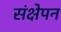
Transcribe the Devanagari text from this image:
संक्षेपन